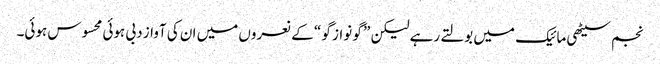
نجم سیٹھی مائیک میں بولتے رہے لیکن ” گو نواز گو “ کے نعروں میں ان کی آواز دبی ہوئی محسوس ہوئی۔